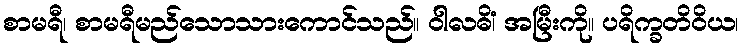
စာမရီ၊ စာမရီမည်သောသားကောင်သည်။ ဝါလဓိံ၊ အမြီးကို။ ပရိက္ခတိဝိယ၊